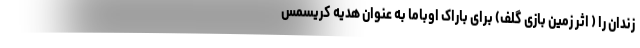
زندان را ( اثر زمین بازی گلف) برای باراک اوباما به عنوان هدیه کریسمس